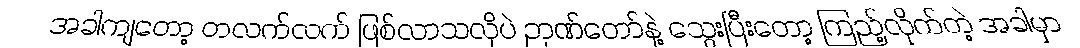
အခါကျတော့ တလက်လက် ဖြစ်လာသလိုပဲ ဉာဏ်တော်နဲ့ သွေးပြီးတော့ ကြည့်လိုက်တဲ့ အခါမှာ